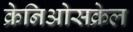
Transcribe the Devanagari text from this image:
क्रेनिओसक्रेल